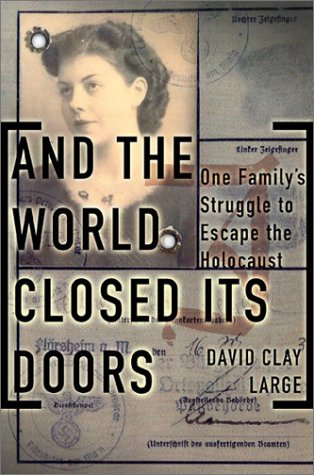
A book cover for And The World Closed Its Doors: The Story Of One Family Abandoned To The Holocaust; David Clay Large; Biographies & Memoirs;